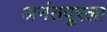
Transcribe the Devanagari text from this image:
अनंतपूरला